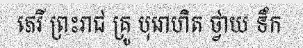
ភេរី ព្រះរាជ គ្រូ បុរោហិត ថ្វាយ ទឹក